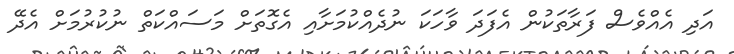
އަދި އެއްވެސް ފަރާތަކުން އެފަދަ ވާހަކަ ނުދެއްކުމަށާއި އެގޮތަށް މަސައްކަތް ނުކުރުމަށް އެދޭ